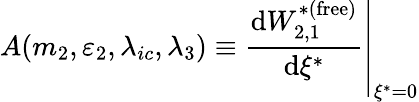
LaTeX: A(m_{2},\varepsilon_{2},\lambda_{ic},\lambda_{3})\equiv\left.{\frac{\operatorname{d}\! W_{2,1}^{*(\mathrm{free})}}{\operatorname{d}\! \xi^{*}}}\right|_{\xi^{*}=0}